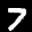
Label: 7